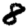
Digit: 8